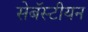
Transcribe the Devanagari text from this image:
सेबॅस्टीयन